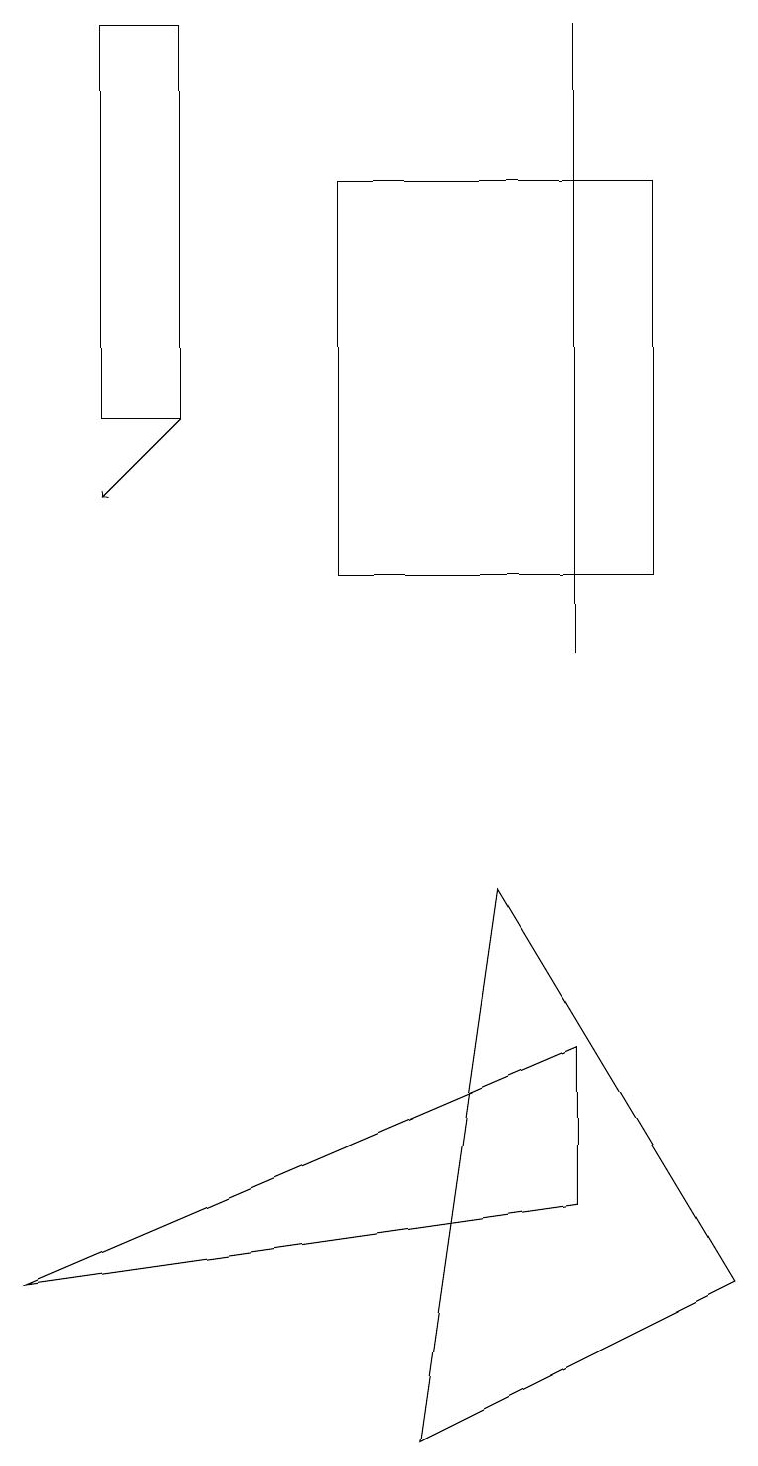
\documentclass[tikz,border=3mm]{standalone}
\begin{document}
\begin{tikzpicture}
\draw (0,3) -- (7,6) -- (7,4) -- cycle;
\draw (9,3) -- (5,1) -- (6,8) -- cycle;
\draw (8,17) rectangle (4,12);
\draw (2,19) rectangle (1,14);
\draw (7,11) rectangle (7,19);
\draw[->] (2,14) -- (1,13);
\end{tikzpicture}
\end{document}